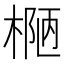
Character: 𰘄